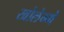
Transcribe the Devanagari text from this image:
खोलेग्गे